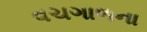
વચગાળના